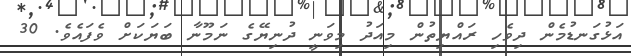
އަޅުގަނޑުމެން ދިވެހި ރައްޔިތުން މިއަދު މިވަނީ ދުނިޔޭގެ ނަމޫނާ ބަޔަކަށް ވެފައެވެ. 30